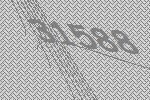
31588